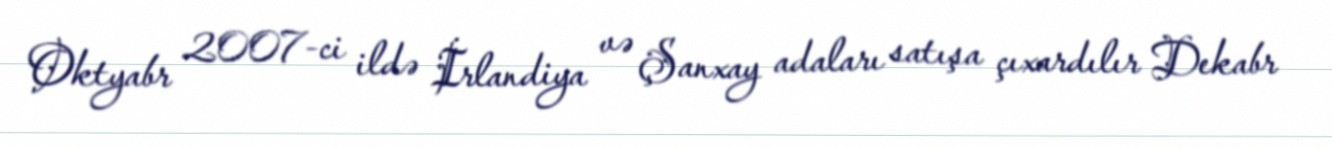
Oktyabr 2007-ci ildə İrlandiya və Şanxay adaları satışa çıxardılır Dekabr